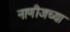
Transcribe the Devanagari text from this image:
नाणीजच्या